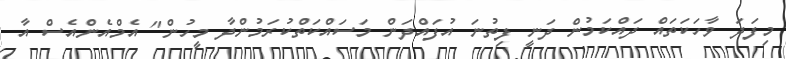
މިފަދަ ވާހަކަތައް ދައްކަމުން ދަނީ ފިތުނަ އުފައްދަން މަސައްކަތްކުރަމުންދާ މީހުން" އެމްއެންއެސް އާ